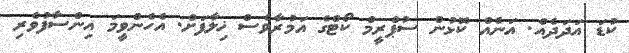
ކުޑަ އަދަދެއް. އަނެއް ކޮޅުން ސުޕްރީމް ކޯޓްގެ އަމުރާވެސް ޚިލާފަށް. އެހެންވީމަ އިންސާފުވެރި